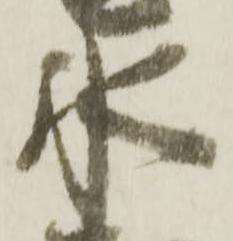
水